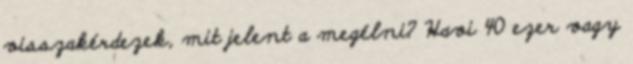
visszakérdezek, mit jelent a megélni? Havi 40 ezer vagy